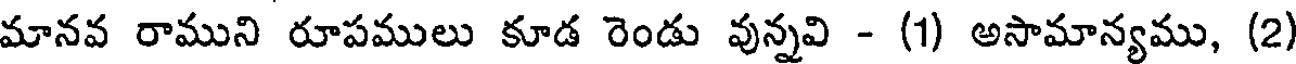
మానవ రాముని రూపములు కూడ రెండు వున్నవి - (1) అసామాన్యము, (2)